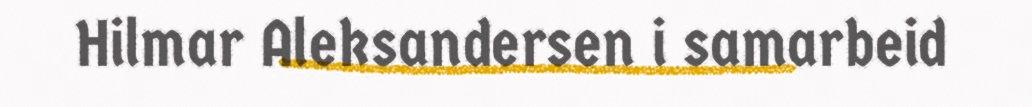
Hilmar Aleksandersen i samarbeid